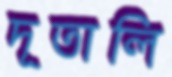
দূতালি